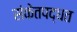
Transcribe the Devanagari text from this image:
संकेतपद्धत